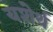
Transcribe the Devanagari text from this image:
यशेर्थ